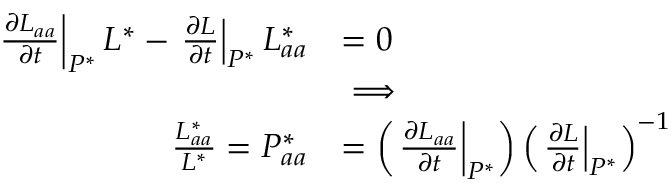
\begin{array} { r l } { \left. \frac { \partial L _ { a a } } { \partial t } \right| _ { P ^ { * } } L ^ { * } - \left. \frac { \partial L } { \partial t } \right| _ { P ^ { * } } L _ { a a } ^ { * } } & { = 0 } \\ & { \implies } \\ { \frac { L _ { a a } ^ { * } } { L ^ { * } } = P _ { a a } ^ { * } } & { = \left( \left. \frac { \partial L _ { a a } } { \partial t } \right| _ { P ^ { * } } \right) \left( \left. \frac { \partial L } { \partial t } \right| _ { P ^ { * } } \right) ^ { - 1 } } \end{array}